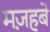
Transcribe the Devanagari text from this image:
मज़हबे